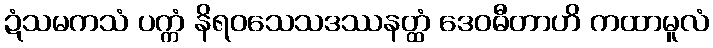
ဍံသမကသံ ပက္ကံ နိရဝသေသဒဿနတ္ထံ ဒေဝဓီတာဟိ ကထာမူလံ